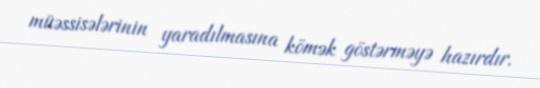
müəssisələrinin yaradılmasına kömək göstərməyə hazırdır.